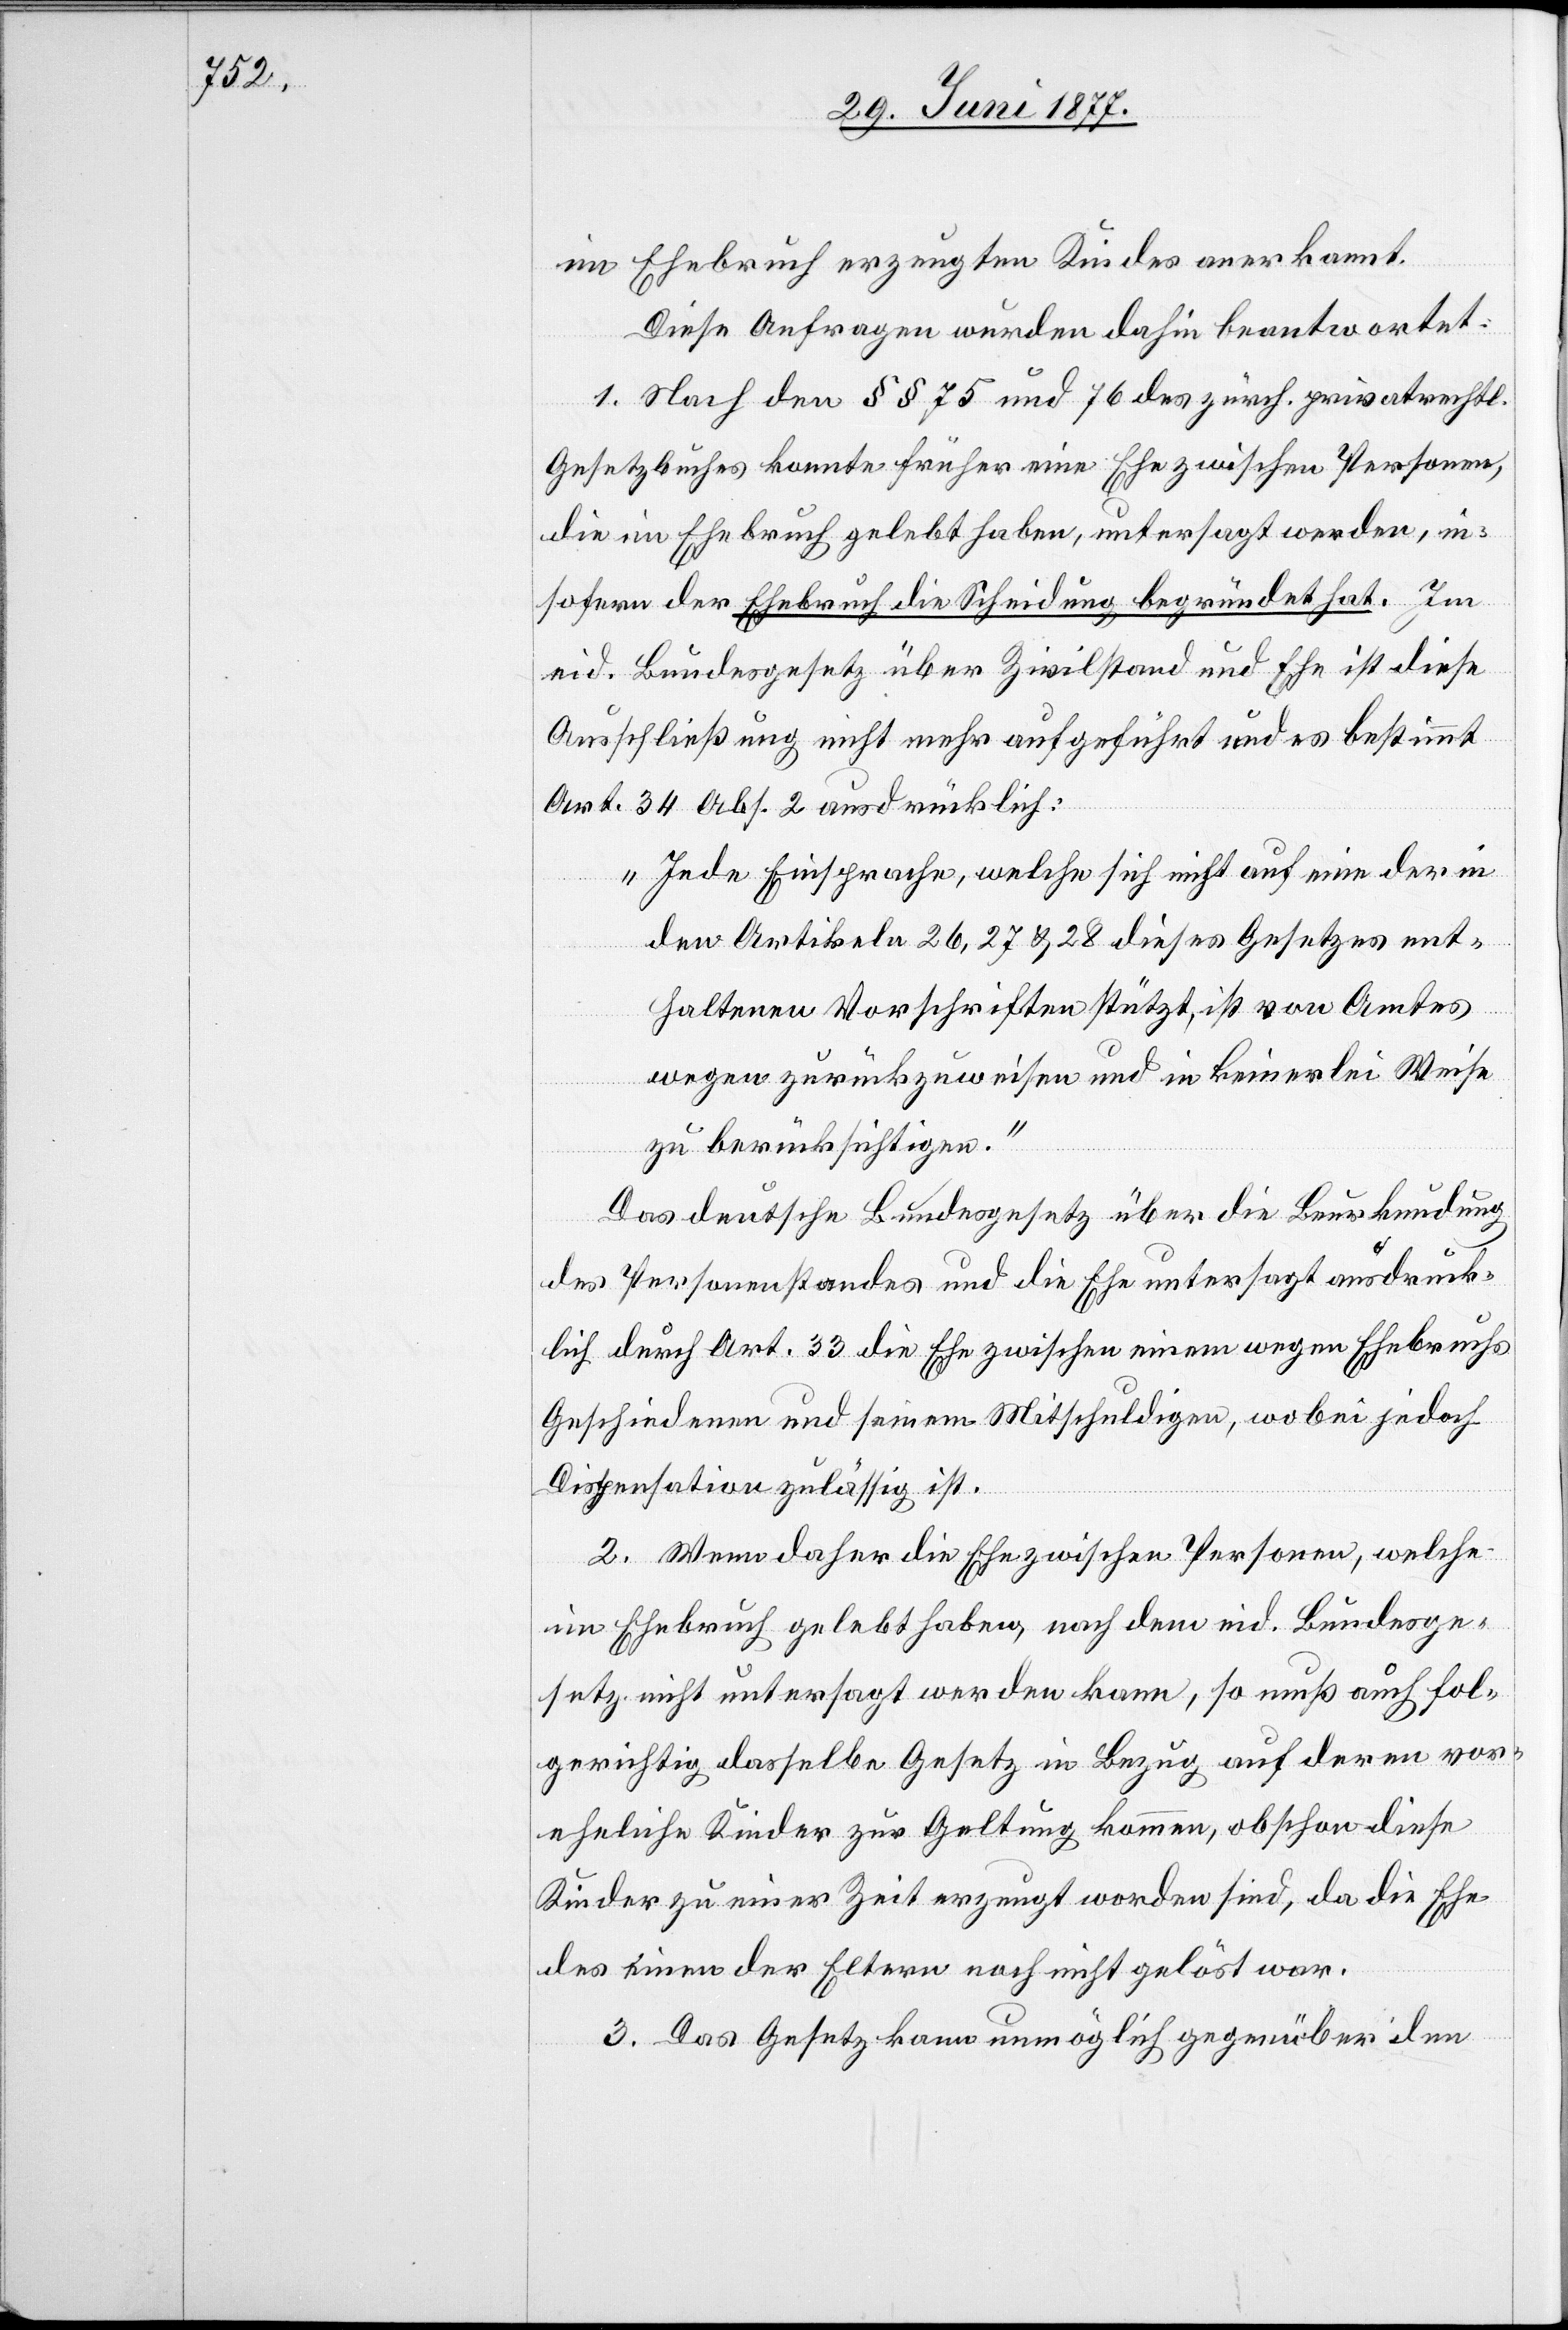
Ehebruch erzeugten Kindes anerkannt.
Diese Anfragen wurden dahin beantwortet:
1. Nach den §§ 75 und 76 des zürch. privatrechtl.
Gesetzbuches konnte früher eine Ehe zwischen Personen,
die im Ehebruch gelebt haben, untersagt werden, in¬
sofern der Ehebruch die Scheidung begründet hat. Im
eid. Bundesgesetz über Zivilstand und Ehe ist diese
Ausschließung nicht mehr aufgeführt und es bestimmt
Art. 34 Abs. 2 ausdrücklich:
„Jede Einsprache, welche sich nicht auf eine der in
den Artikeln 26, 27 & 28 dieses Gesetzes ent¬
haltenen Vorschriften stützt, ist von Amtes
wegen zurückzuweisen und in keinerlei Weise
zu berücksichtigen.“
Das deutsche Bundesgesetz über die Beurkundung
des Personenstandes und die Ehe untersagt ausdrück¬
lich durch Art. 33 die Ehe zwischen einem wegen Ehebruchs
Geschiedenen und seinem Mitschuldigen, wobei jedoch
Dispensation zulässig ist.
2. Wenn daher die Ehe zwischen Personen, welche
im Ehebruch gelebt haben, nach dem eid. Bundesge¬
setz nicht untersagt werden kann, so muß auch fol¬
gerichtig dasselbe Gesetz im Bezug auf deren vor¬
eheliche Kinder zur Geltung kommen, obschon diese
Kinder zu einer Zeit erzeugt worden sind, da die Ehe
des einen der Eltern noch nicht gelöst war.
3. Das Gesetz kann unmöglich gegenüber den